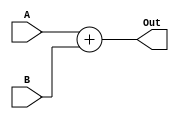
module Adder12Bit(
	input [11:0]A, B,
	output [11:0]Out
);
	assign Out = A + B;
endmodule

module Adder12BitSigned(
	input [11:0]A,
	input signed [11:0] B,
	output [11:0]Out
);
	assign Out = A + B;
endmodule

module AdderTB();
	reg [11:0] A, B;
	wire [11:0] Out;
	Adder12BitSigned a1(A, B, Out);

	initial begin
		A = 12'b100000000001;
		B = 12'b111111111111;
		#50;
		A = 12'b000000000001;
		B = 12'b000011101010;
		#50;
		$stop;
	end
endmodule